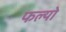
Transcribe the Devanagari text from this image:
फल्‍यो